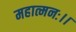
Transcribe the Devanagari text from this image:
महात्मनः।।